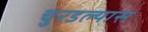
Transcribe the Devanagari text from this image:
चुरडल्यास